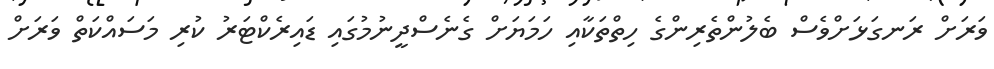
ވަރަށް ރަނގަޅަށްވެސް ބެލުންތެރިންގެ ހިތްތަކާއި ހަމަޔަށް ގެނެސްދީނުމުގައި ޑައިރެކްޓަރު ކުރި މަސައްކަތް ވަރަށް